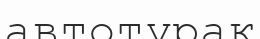
автотұрақ